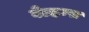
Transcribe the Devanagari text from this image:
वेल्हम्स